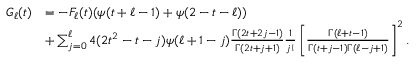
\begin{array} { r l } { G _ { \ell } ( t ) } & { = - F _ { \ell } ( t ) ( \psi ( t + \ell - 1 ) + \psi ( 2 - t - \ell ) ) } \\ & { + \sum _ { j = 0 } ^ { \ell } 4 ( 2 t ^ { 2 } - t - j ) \psi ( \ell + 1 - j ) { \frac { \Gamma ( 2 t + 2 j - 1 ) } { \Gamma ( 2 t + j + 1 ) } } { \frac { 1 } { j ! } } \left[ { \frac { \Gamma ( \ell + t - 1 ) } { \Gamma ( t + j - 1 ) \Gamma ( \ell - j + 1 ) } } \right] ^ { 2 } . } \end{array}